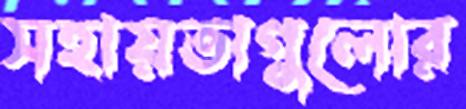
সহায়তাগুলোর